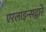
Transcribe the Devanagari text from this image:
एरलाइन्सद्वारे